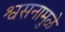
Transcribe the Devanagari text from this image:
श्वसनामुळे